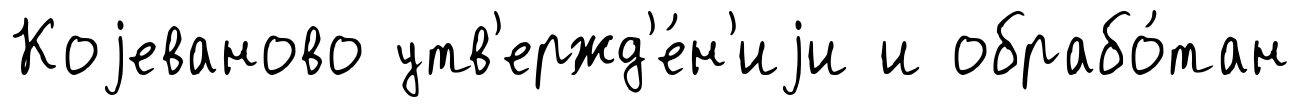
Коjеваново утв'ержд'е́н'иjи и обрабо́тан